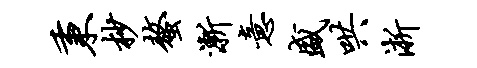
秉杪螯渐意盛哄淅